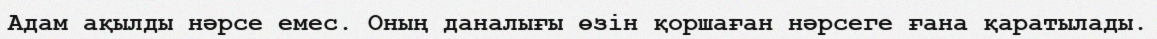
Адам ақылды нәрсе емес. Оның даналығы өзін қоршаған нәрсеге ғана қаратылады.